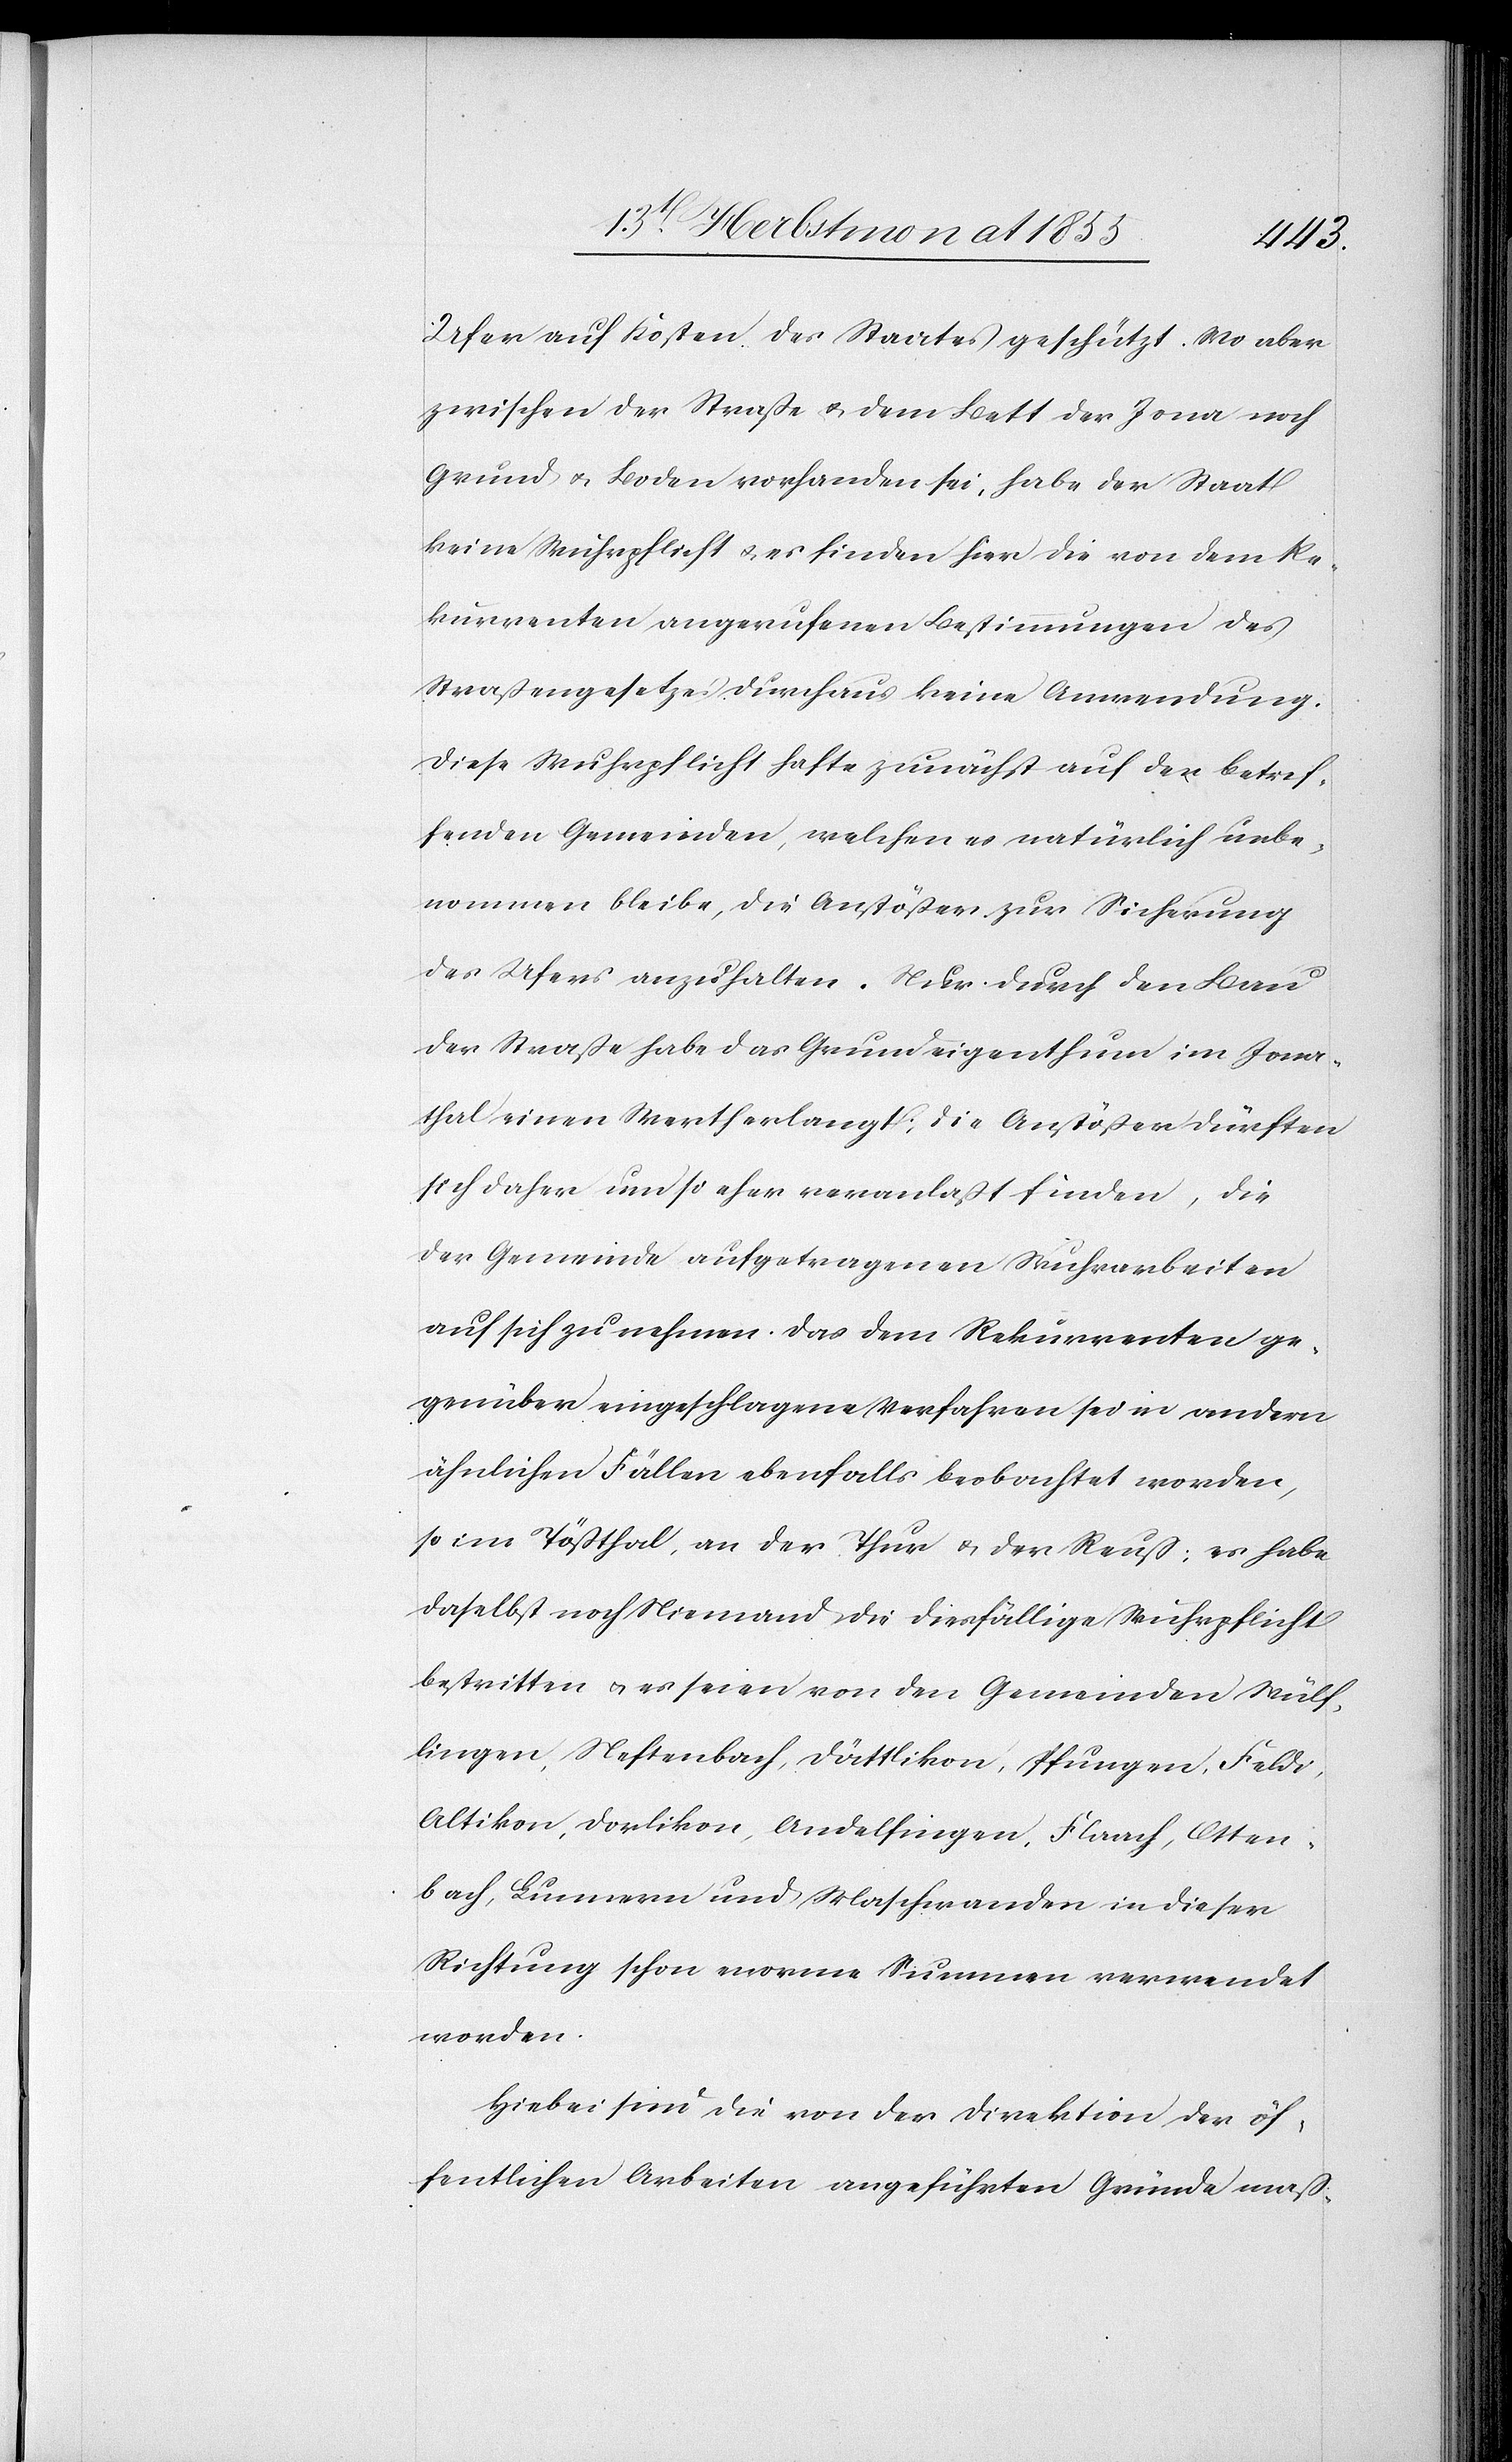
Ufer auf Kosten des Staates geschützt. Wo aber
zwischen der Straße & dem Bett der Jona noch
Grund & Boden vorhanden sei, habe der Staat
keine Wuhrpflicht & es finden hier die von dem Re¬
kurrenten angerufenen Bestimmungen des
Straßengesetzes durchaus keine Anwendung.
Diese Wuhrpflicht hafte zunächst auf den betref¬
fenden Gemeinden, welchen es natürlich unbe¬
nommen bleibe, die Anstößer zur Sicherung
des Ufers anzuhalten. Nur durch den Bau
der Straße habe das Grundeigenthum im Jona¬
thal einen Werth erlangt; die Anstößer dürften
sich daher um so eher veranlaßt finden, die
der Gemeinde aufgetragenen Wuhrarbeiten
auf sich zu nehmen. Das dem Rekurrenten ge¬
genüber eingeschlagene Verfahren sei in andern
ähnlichen Fällen ebenfalls beobachtet worden,
so im Tößthal, an der Thur & der Reuß; es habe
daselbst noch Niemand die diesfällige Wuhrpflicht
bestritten & es seien von den Gemeinden Wülf¬
lingen, Neftenbach, Dättlikon, Pfungen, Feldi,
Altikon, Dorlikon, Andelfingen, Flaach, Otten¬
bach, Lunnern und Maschwanden in dieser
Richtung schon enorme Summen verwendet
worden.
Hiebei sind die von der Direktion der öf¬
fentlichen Arbeiten angeführten Gründe maß-